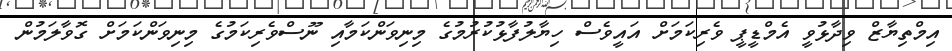
އިމްތިޔާޒް ވިދާޅުވީ އެމްޑީޕީ ވެރިކަމަށް އައީވެސް ހިޔާލުފާޅުކުރުމުގެ މިނިވަންކަމާއި ނޫސްވެރިކަމުގެ މިނިވަންކަމަށް ގޮވާލަމުން